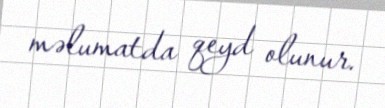
məlumatda qeyd olunur.